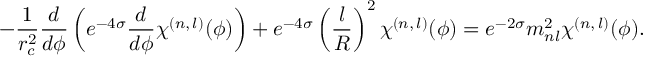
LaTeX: - \frac { 1 } { r _ { c } ^ { 2 } } \frac { d } { d \phi } \left( e ^ { - 4 \sigma } \frac { d } { d \phi } \chi ^ { ( n , \, l ) } ( \phi ) \right) + e ^ { - 4 \sigma } \left( \frac { l } { R } \right) ^ { 2 } \chi ^ { ( n , \, l ) } ( \phi ) = e ^ { - 2 \sigma } m _ { n l } ^ { 2 } \chi ^ { ( n , \, l ) } ( \phi ) .